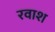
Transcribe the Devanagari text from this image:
रवाश